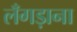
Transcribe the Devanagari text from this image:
लँगड़ाना